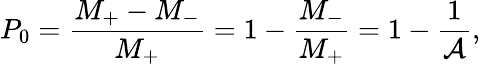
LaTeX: P_{0}=\frac{M_{+}-M_{-}}{M_{+}}=1-\frac{M_{-}}{M_{+}}=1-\frac{1}{\mathcal{A}},